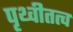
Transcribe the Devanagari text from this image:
पृथ्वीतत्व